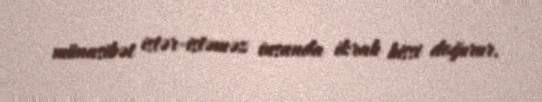
münasibət istər-istəməz insanda ikrah hissi doğurur.